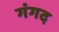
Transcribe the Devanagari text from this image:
गंगद